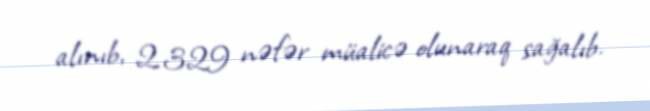
alınıb, 2 329 nəfər müalicə olunaraq sağalıb.